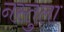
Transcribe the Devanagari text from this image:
नस्तुला